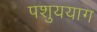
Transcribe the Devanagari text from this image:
पशुययाग